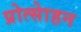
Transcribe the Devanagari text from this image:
प्रोत्साेहन